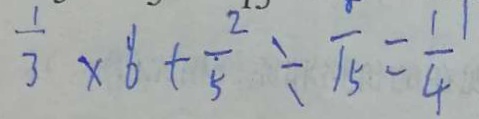
\frac { 1 } { 3 } \times 6 + \frac { 2 } { 5 } \div \sqrt { 5 } = \frac { 1 1 } { 4 }